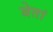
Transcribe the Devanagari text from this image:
बेतां